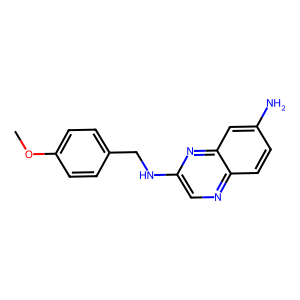
SMILES: COc1ccc(CNc2cnc3ccc(N)cc3n2)cc1
Inhibits HIV replication: No